Report of the Indian Hemp Drugs Commission, 1894-1895 - Volume VII
Year: 1894
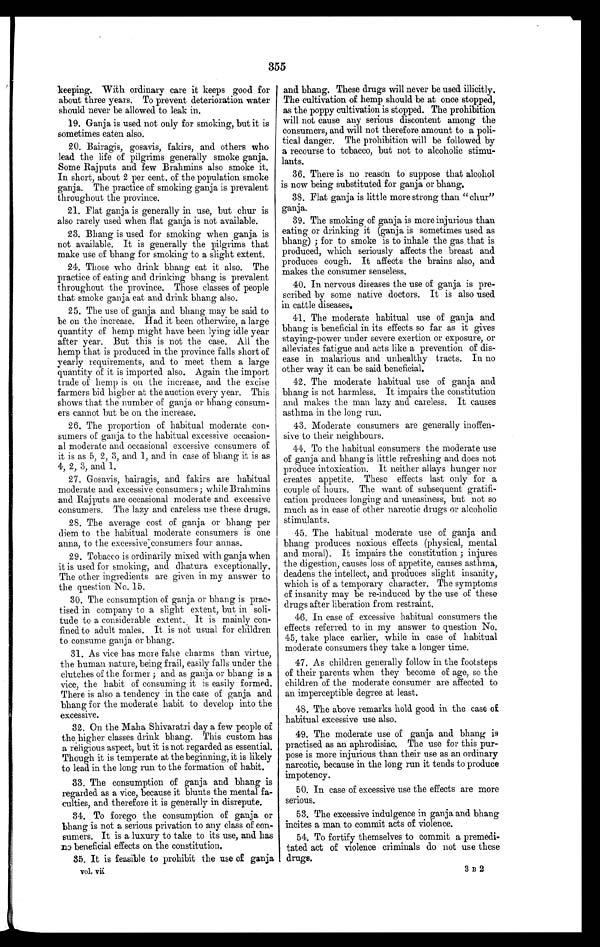
355
keeping. With ordinary care it keeps good for
about three years. To prevent deterioration water
should never be allowed to leak in.
19. Ganja is used not only for smoking, but it is
sometimes eaten also.
20. Bairagis, gosavis, fakirs, and others who
lead the life of pilgrims generally smoke ganja.
Some Rajputs and few Brahmins also smoke it.
In short, about 2 per cent. of the population smoke
ganja. The practice of smoking ganja is prevalent
throughout the province.
21. Flat ganja is generally in use, but chur is
also rarely used when flat ganja is not available.
23. Bhang is used for smoking when ganja is
not available. It is generally the pilgrims that
make use of bhang for smoking to a slight extent.
24. Those who drink bhang eat it also. The
practice of eating and drinking bhang is prevalent
throughout the province. Those classes of people
that smoke ganja eat and drink bhang also.
25. The use of ganja and bhang may be said to
be on the increase. Had it been otherwise, a large
quantity of hemp might have been lying idle year
after year. But this is not the case. All the
hemp that is produced in the province falls short of
yearly requirements, and to meet them a large
quantity of it is imported also. Again the import
trade of hemp is on the increase, and the excise
farmers bid higher at the auction every year. This
shows that the number of ganja or bhang consum-
ers cannot hut be on the increase.
26. The proportion of habitual moderate con-
sumers of ganja to the habitual excessive occasion-
al moderate and occasional excessive consumers of
it is as 5, 2, 3, and 1, and in case of bhang it is as
4, 2, 3, and 1.
27. Gosavis, bairagis, and fakirs are habitual
moderate and excessive consumers; while Brahmins
and Rajputs are occasional moderate and excessive
consumers. The lazy and careless use these drugs.
28. The average cost of ganja or bhang per
diem to the habitual moderate consumers is one
anna, to the excessive consumers four annas.
29. Tobacco is ordinarily mixed with ganja when
it is used for smoking, and dhatura exceptionally.
The other ingredients are given in my answer to
the question No. 15.
30. The consumption of ganja or bhang is prac-
tised in company to a slight extent, but in soli-
tude to a considerable extent. It is mainly con-
fined to adult males. It is not usual for children
to consume ganja or bhang.
31. As vice has more false charms than virtue,
the human nature, being frail, easily falls under the
clutches of the former ; and as ganja or bhang is a
vice, the habit of consuming it is easily formed.
There is also a tendency in the case of ganja and
bhang for the moderate habit to develop into the
excessive.
32. On the Maha Shivaratri day a few people of
the higher classes drink bhang. This custom has
a religious aspect, but it is not regarded as essential.
Though it is temperate at the beginning, it is likely
to lead in the long run to the formation of habit.
33. The consumption of ganja and bhang is
regarded as a vice, because it blunts the mental fa-
culties, and therefore it is generally in disrepute.
34. To forego the consumption of ganja or
bhang is not a serious privation to any class of con-
sumers. It is a luxury to take to its use, and has
no beneficial effects on the constitution.
35. It is feasible to prohibit the use of ganja
vol. vii
and bhang. These drugs will never be used illicitly.
The cultivation of hemp should be at once stopped,
as the poppy cultivation is stopped. The prohibition
will not cause any serious discontent among the
consumers, and will not therefore amount to a poli-
tical danger. The prohibition will be followed by
a recourse to tobacco, but not to alcoholic stimu-
lants.
36. There is no reason to suppose that alcohol
is now being substituted for ganja or bhang.
38. Flat ganja is little more strong than "chur"
ganja.
39. The smoking of ganja is more injurious than
eating or drinking it (ganja is sometimes used as
bhang) ; for to smoke is to inhale the gas that is
produced, which seriously affects the breast and
produces cough. It affects the brains also, and
makes the consumer senseless.
40. In nervous diseases the use of ganja is pre-
scribed by some native doctors. It is also used
in cattle diseases.
41. The moderate habitual use of ganja and
bhang is beneficial in its effects so far as it gives
staying-power under severe exertion or exposure, or
alleviates fatigue and acts like a prevention of dis-
ease in malarious and unhealthy tracts. In no
other way it can be said beneficial.
42. The moderate habitual use of ganja and
bhang is not harmless. It impairs the constitution
and makes the man lazy and careless. It causes
asthma in the long run .
43. Moderate consumers are generally inoffen-
sive to their neighbours.
44. To the habitual consumers the moderate use
of ganja and bhang is little refreshing and does not
produce intoxication. It neither allays hunger nor
creates appetite. These effects last only for a
couple of hours. The want of subsequent gratifi-
cation produces longing and uneasiness, but not so
much as in case of other narcotic drugs or alcoholic
stimulants.
45. The habitual moderate use of ganja and
bhang produces noxious effects (physical, mental
and moral). It impairs the constitution ; injures
the digestion, causes loss of appetite, causes asthma,
deadens the intellect, and produces slight insanity,
which is of a temporary character. The symptoms
of insanity may be re-induced by the use of these
drugs after liberation from restraint.
46. In case of excessive habitual consumers the
effects referred. to in my answer to question No.
45, take place earlier, while in case of habitual
moderate consumers they take a longer time.
47. As children generally follow in the footsteps
of their parents when they become of age, so the
children of the moderate consumer are affected to
an imperceptible degree at least.
48. The above remarks hold good in the case of
habitual excessive use also.
49. The moderate use of ganja and bhang is
practised as an aphrodisiac. The use for this pur-
pose is more injurious than their use as an ordinary
narcotic, because in the long run it tends to produce
impotency.
50. In case of excessive use the effects are more
serious.
53. The excessive indulgence in ganja and bhang
incites a man to commit acts of violence.
54. To fortify themselves to commit a premedi-
tated act of violence criminals do not use these
drugs.
3 B 2